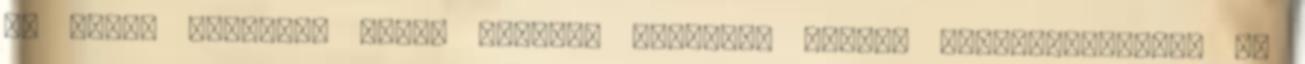
az uniós polgárok három hónapig engedély nélkül tartózkodhatnak az